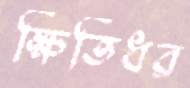
ক্ষিতিধর